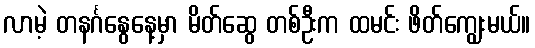
လာမဲ့ တနင်္ဂနွေနေ့မှာ မိတ်ဆွေ တစ်ဦးက ထမင်း ဖိတ်ကျွေးမယ်။